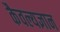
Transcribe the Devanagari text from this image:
कैवल्यज्ञान